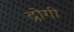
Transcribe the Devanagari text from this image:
द्रोगी